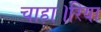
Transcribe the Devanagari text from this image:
चाहा।रिया